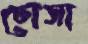
ঢোসা